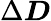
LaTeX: \Delta\boldsymbol{D}